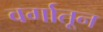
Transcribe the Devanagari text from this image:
वर्गातून